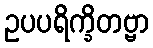
ဥပပရိက္ခိတဗ္ဗာ